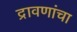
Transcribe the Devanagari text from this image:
द्रावणांचा